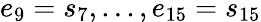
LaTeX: e_{9}=s_{7},...,e_{15}=s_{15}